Annual administration report of the Civil Veterinary Department, Ajmere-Merwara, British Rajputana - 1914-1940
Year: 1914
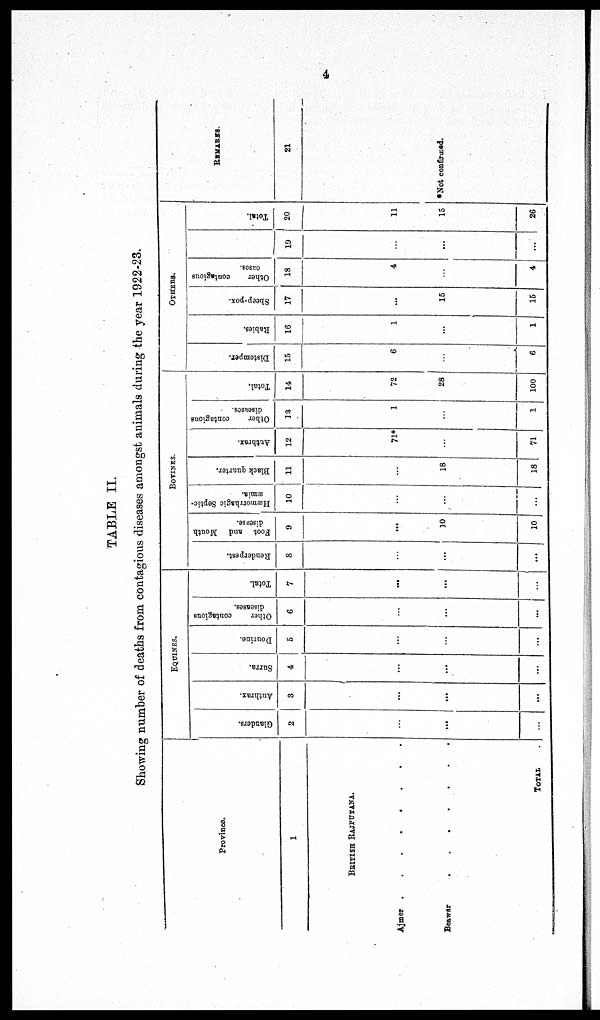
4
TABLE II.
Showing number of deaths from contagious diseases amongst animals during the year 1922-23.
Province.
1
BRITISH RAJPUTANA.
Ajmer .
. . . . . . .
Beawar
. . . . . . .
TOTAL
EQUINES.
Glanders.
2
...
...
...
Anthrax.
3
...
...
...
Surra.
4
...
...
...
Dourine.
5
...
...
...
Other
contagious
diseases.
6
...
...
...
Total.
7
...
...
...
Renderpest.
8
...
...
...
Foot and Mouth
disease.
9
...
10
10
BOVINES.
Hæmorrhagic Septic-
-mia.
10
...
...
...
Black quarter.
11
...
18
18
Anthrax.
12
71*
...
71
Other
contagious
discuses.
13
1
...
1
Total.
14
72
28
100
OTHERS.
Distemper.
15
6
...
6
Rabies.
16
1
...
1
Sheep-pox.
17
...
15
15
Other
contagious
oases.
18
4
...
4
19
...
...
...
Total.
20
11
15
26
REMARKS.
21
*Not confirmed.